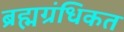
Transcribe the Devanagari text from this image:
ब्रह्मग्रंधिकत